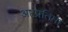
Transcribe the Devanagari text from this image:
अष्टप्रतिमा